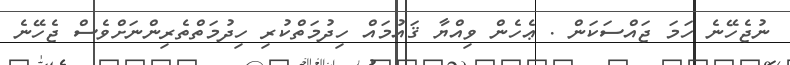
ނުޖެހޭނެ ހަމަ ޖައްސަކަން . ޢެހެން ވިއްޔާ ޤައުމައް ހިދުމަތްކުރި ހިދުމަތްތެރިންނަށްވެސް ޖެހޭނެ